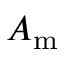
A _ { \mathrm { m } }